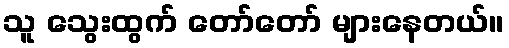
သူ သွေးထွက် တော်တော် များနေတယ်။